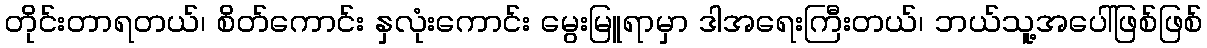
တိုင်းတာရတယ်၊ စိတ်ကောင်း နှလုံးကောင်း မွေးမြူရာမှာ ဒါအရေးကြီးတယ်၊ ဘယ်သူ့အပေါ်ဖြစ်ဖြစ်